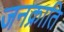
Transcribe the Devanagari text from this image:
जनक्राति